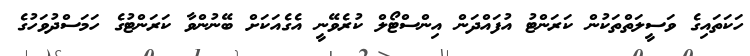
ހަކަތައިގެ ވަސީލަތްތަކުން ކަރަންޓު އުފައްދަން އިންސްޓޯލް ކުރެވޭނީ އެގެއަކަށް ބޭނުންވާ ކަރަންޓުގެ ހަމަސްދުވަހުގެ